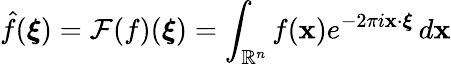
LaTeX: {\hat{f}}({\boldsymbol{\xi}})={\mathcal{F}}(f)({\boldsymbol{\xi}})=\int_{\mathbb{R}^{n}}f(\mathbf{x})e^{-2\pi i\mathbf{x}\cdot{\boldsymbol{\xi}}}\, d\mathbf{x}